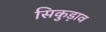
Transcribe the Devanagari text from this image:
सिकुड़ाव